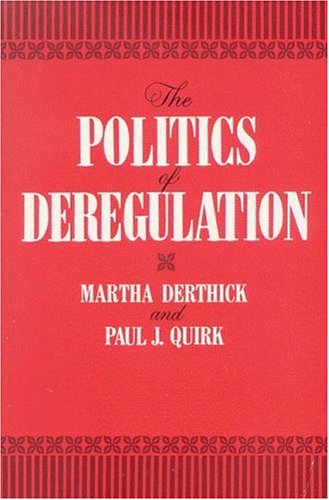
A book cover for The Politics of Deregulation; Martha Derthick; Law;